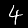
Digit: 4